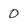
Character: 0